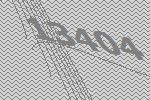
13404